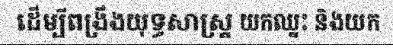
ដើម្បីពង្រឹងយុទ្ធសាស្ត្រ យកឈ្នះ និងយក